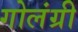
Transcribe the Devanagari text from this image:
गोलंग्री